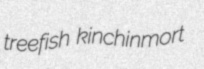
treefish kinchinmort